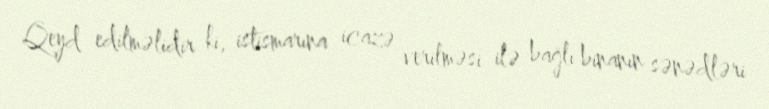
Qeyd edilməlidir ki, istismarına icazə verilməsi ilə bağlı binanın sənədləri